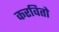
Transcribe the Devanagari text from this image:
करवितो